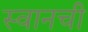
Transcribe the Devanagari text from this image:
स्वानची